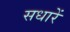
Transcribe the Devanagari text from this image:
सधारें